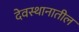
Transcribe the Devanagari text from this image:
देवस्थानातील